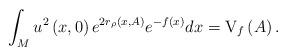
LaTeX: \begin{align*}\int_{M}u^{2}\left( x,0\right) e^{2r_{\rho }\left( x,A\right) }e^{-f\left(x\right) }dx=\mathrm{V}_{f}\left( A\right) . \end{align*}